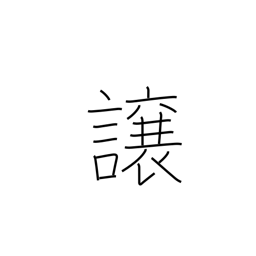
Meaning: convey